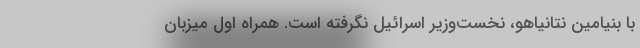
با بنیامین نتانیاهو، نخست‌وزیر اسرائیل نگرفته است. همراه اول میزبان